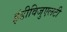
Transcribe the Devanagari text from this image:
इंडीविजुएलटी